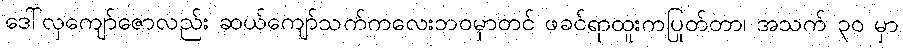
ဒေါ်လှကျော်ဇောလည်း ဆယ်ကျော်သက်ကလေးဘဝမှာတင် ဖခင်ရာထူးကပြုတ်တာ၊ အသက် ၃၀ မှာ